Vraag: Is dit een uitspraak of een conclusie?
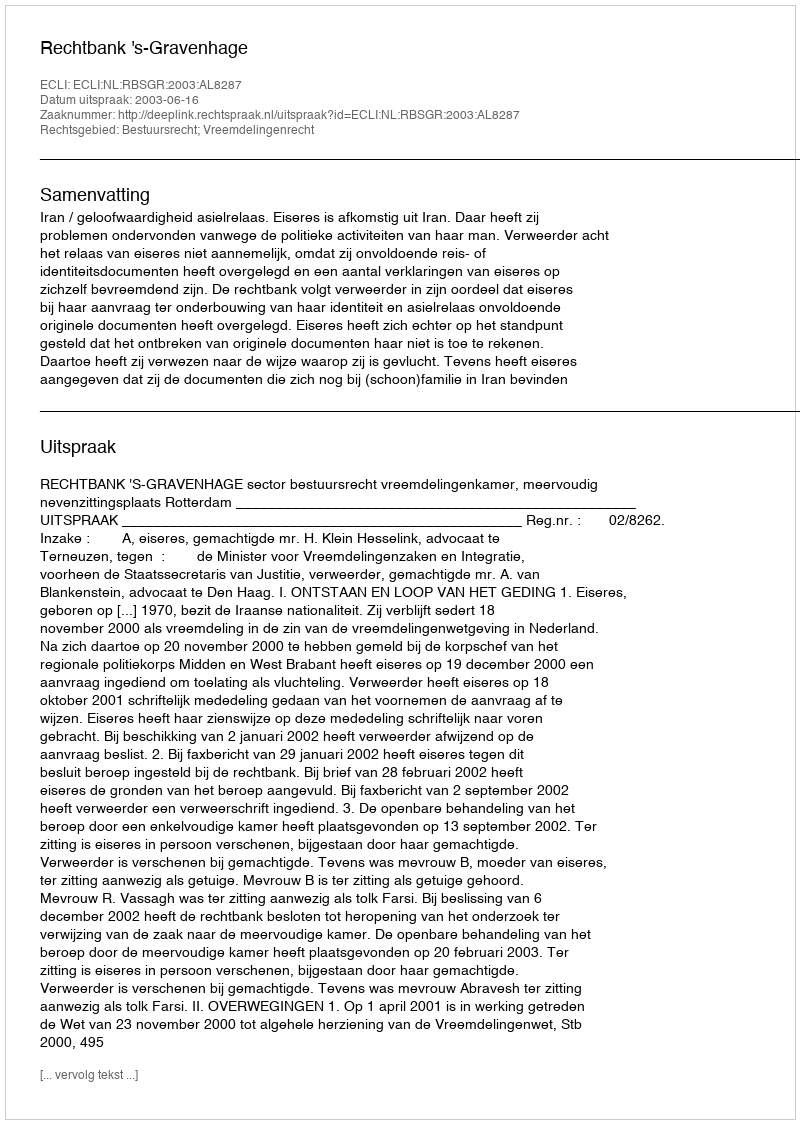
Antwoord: Uitspraak